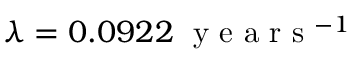
\lambda = 0 . 0 9 2 2 \; \textrm { y e a r s } ^ { - 1 }